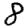
Digit: 8